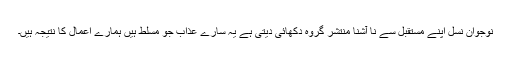
نوجوان نسل اپنے مستقبل سے نا آشنا منتشر گروہ دکھائی دیتی ہے یہ سارے عذاب جو مسلط ہیں ہمارے اعمال کا نتیجہ ہیں۔